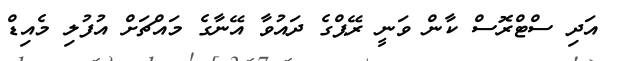
އަދި ސްޓްރޮސް ކާން ވަނީ ރޭޕްގެ ދައުވާ އޭނާގެ މައްޗަށް އުފުލި މެއިޑް